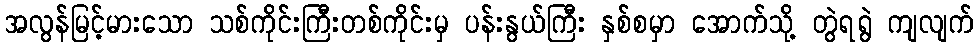
အလွန်မြင့်မားသော သစ်ကိုင်းကြီးတစ်ကိုင်းမှ ပန်းနွယ်ကြီး နှစ်စမှာ အောက်သို့ တွဲရရွဲ ကျလျက်